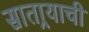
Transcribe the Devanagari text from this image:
सातार्‍याची